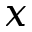
x